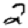
Digit: 2